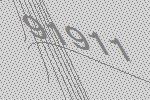
91911